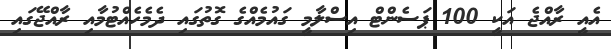
އެއީ ރާއްޖެ އަކީ 100 ޕަސެންޓް އިސްލާމީ ގައުމެއްގެ ގޮތުގައި ދެމެހެއްޓުމާއި ރާއްޖޭގައި